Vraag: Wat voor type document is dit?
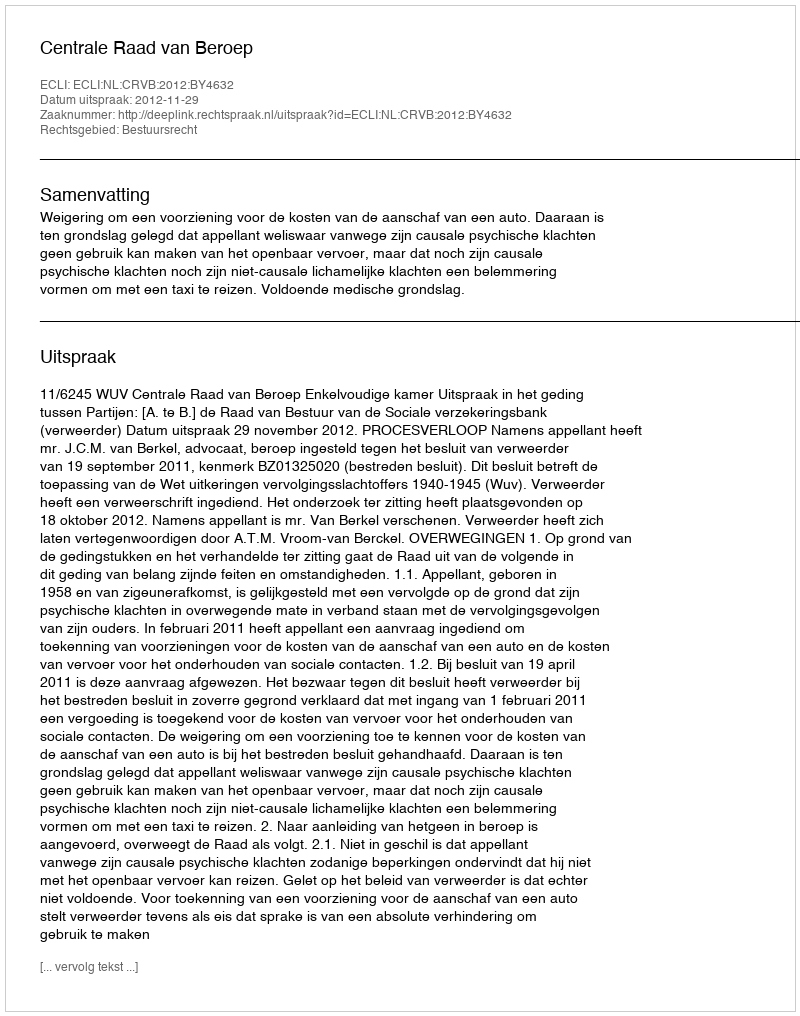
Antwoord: Uitspraak